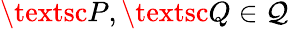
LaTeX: {\textsc{P}},{\textsc{Q}}\in{\mathcal{Q}}